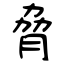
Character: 脅